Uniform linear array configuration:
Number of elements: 16
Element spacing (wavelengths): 0.5
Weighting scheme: blackman
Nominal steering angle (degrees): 30
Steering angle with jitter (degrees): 30.792
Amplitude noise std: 0.05
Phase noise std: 0.05

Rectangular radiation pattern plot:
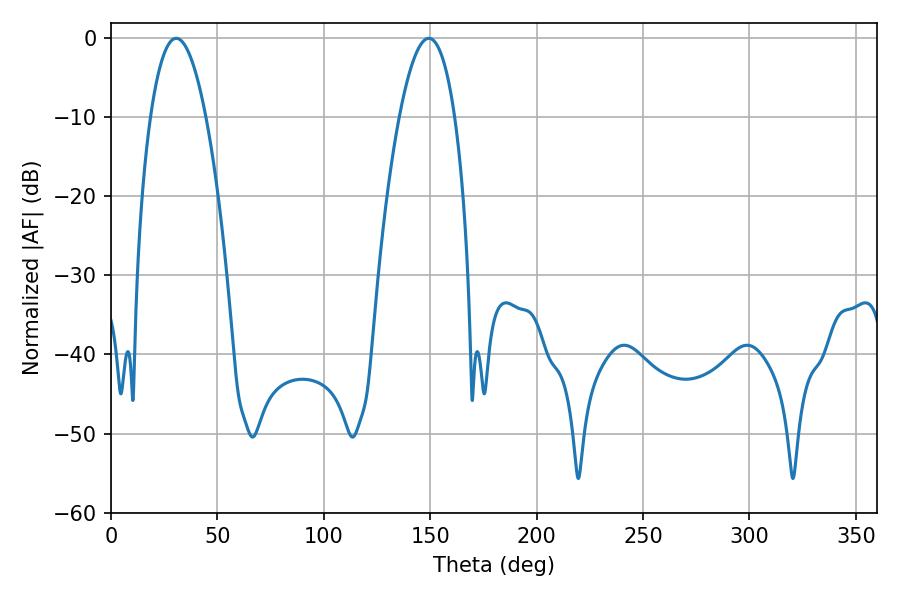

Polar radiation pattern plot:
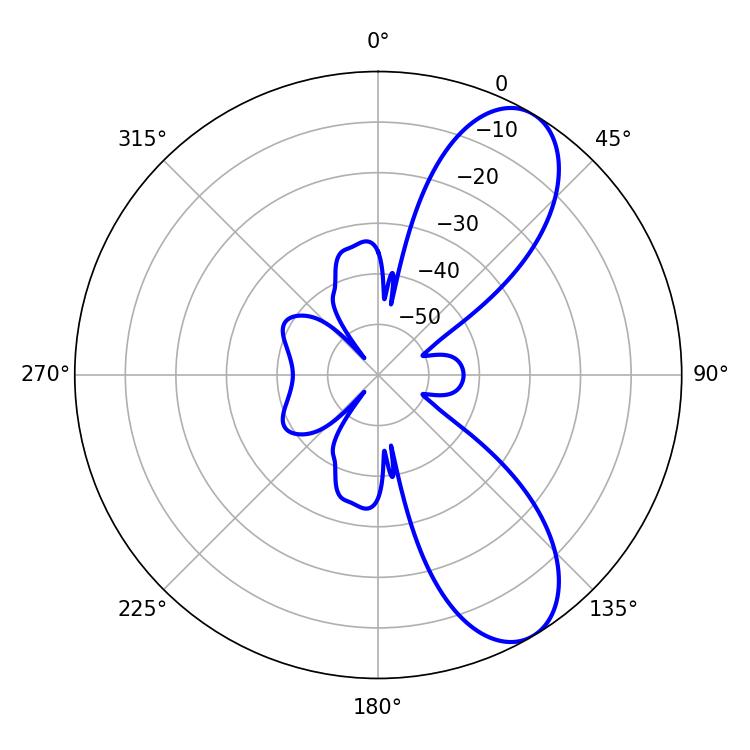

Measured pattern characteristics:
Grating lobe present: FALSE
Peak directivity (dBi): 8.596
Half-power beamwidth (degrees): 14.4
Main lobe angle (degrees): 30.6